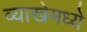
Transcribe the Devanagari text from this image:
व्याखेमध्ये